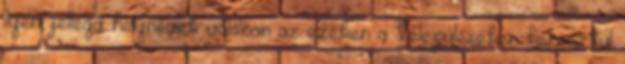
ilyen jellegű helynevek valóban az ezeken a településeken keresztül